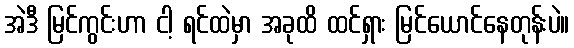
အဲဒီ မြင်ကွင်းဟာ ငါ့ ရင်ထဲမှာ အခုထိ ထင်ရှား မြင်ယောင်နေတုန်းပဲ။